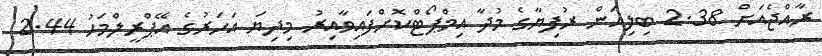
ރާއްޖެއަށް 2.38 ބިލިއަން ރުފިޔާގެ މުދާ އިމްޕޯޓްކޮށްފައިވާއިރު މިދިޔަ އަހަރުގެ އޭޕްރީލްމަހު 2.44